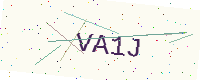
Text: VA1J